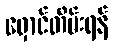
ရှောင်တိမ်းရန်